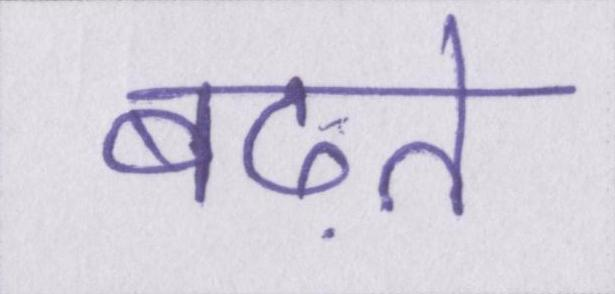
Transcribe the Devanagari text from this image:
बढ़ते